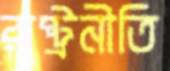
রাষ্ট্রনীতি